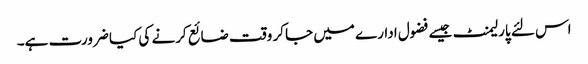
اس لئے پارلیمنٹ جیسے فضول ادارے میں جا کر وقت ضائع کرنے کی کیا ضرورت ہے۔